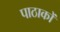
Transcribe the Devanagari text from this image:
पाठाकों